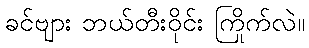
ခင်ဗျား ဘယ်တီးဝိုင်း ကြိုက်လဲ။